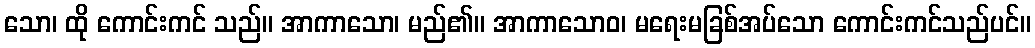
သော၊ ထို ကောင်းကင် သည်။ အာကာသော၊ မည်၏။ အာကာသောဝ၊ မရေးမခြစ်အပ်သော ကောင်းကင်သည်ပင်။